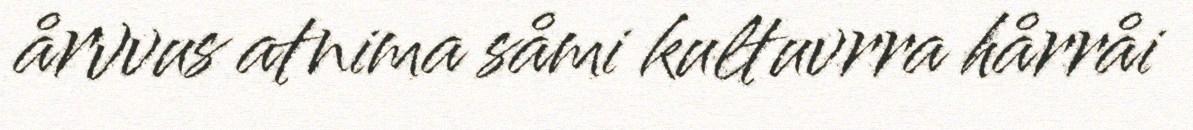
årvvus atnima såmi kultuvrra hårråi